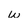
Character: w